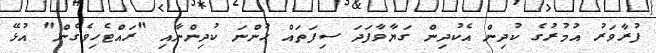
ފުރާވަރު އުމުރުގެ ކުދިން އެކުދިން ގަޔާވާފަދަ ސިފަތައް ހުންނަ ކުދިންނާއި "ރައްޓެހިވެގެން" އުޅޭ